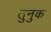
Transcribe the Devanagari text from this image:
तुनुक